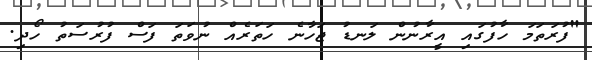
"ފުރަތަމަ ހާފުގައި އީރާނުން ލަނޑު ޖަހާނެ ހަތަރެއް ނުވަތަ ފަސް ފުރުސަތު ހޯދި.